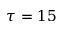
\tau = 1 5